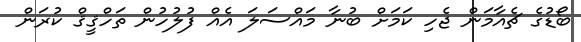
ބޯޑުގެ ޗެއާމަން ޖެހި ކަމަށް ބުނާ މައްސަލަ އެއް ފުލުހުން ތަހްޤީޤް ކުރަން